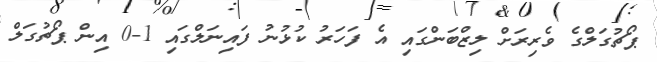
ޕޯޗުގަލްގެ ވެރިރަށް ލިޒްބަންގައި އެ ފަހަރު ކުޅުނު ފައިނަލްގައި 1-0 އިން ޕޯޗުގަލް